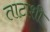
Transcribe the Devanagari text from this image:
ताटाशी